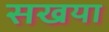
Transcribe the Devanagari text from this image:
सखया